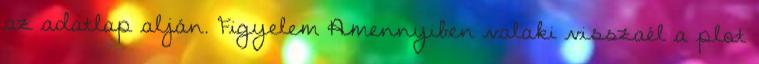
az adatlap alján. Figyelem Amennyiben valaki visszaél a plot